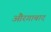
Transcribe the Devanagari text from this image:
औरगाबाद